Statistical return of the lunatic asylum in Assam - 1912-1932
Year: 1912
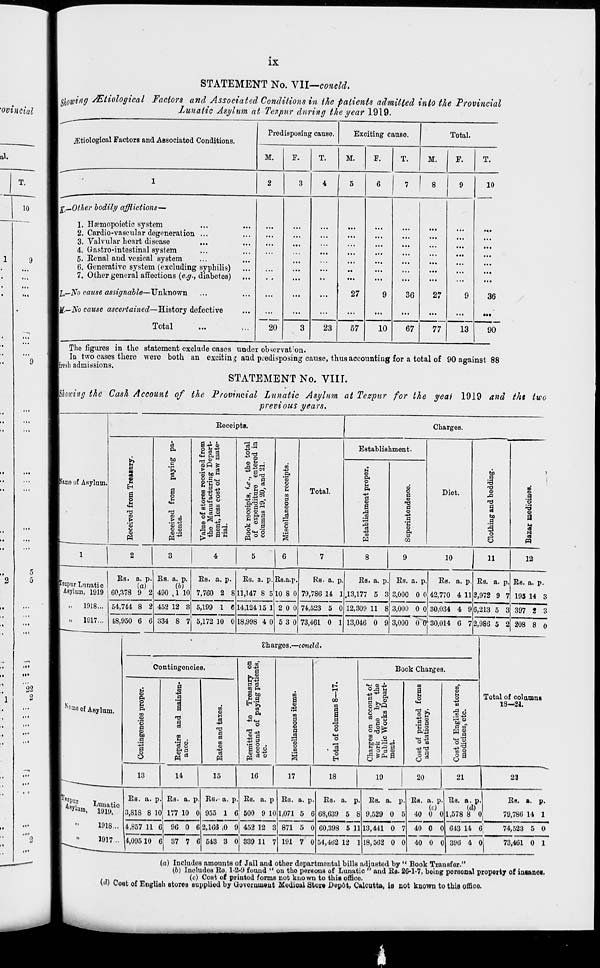
IX
STATEMENT No. VII—concld.
Showing /Etiological Factors and Associated Conditions in the patients admitted into the Provincial
Lunatic Asylum at Tezpur during the year 1919.
jEtiological Factors and Associated Conditions.
Predisposing cause.
Exciting cause.
Total.
M.
F.
T.
M.
F.
T.
M.
F.
T.
1
2
3
4
5
6
7
8 1 9
1
10
p—Other bodily afflictions—
1. Haemopoietic system
2. Cardio-vascular degeneration ...
3. Valvular heart disease
...
4. Gastro-intestinal system
5. Eenal and vesical system
6. Generative system (excluding syphilis)
7. Other general affections {e.g., diabetes)
I,—No cause assignable—Unknown
][.—No cause ascertained—History defective
Total
20
...
27
9
36
27
9
36
>••
3
23
57
10
67
77
13
90
The figures in the statement exclude cases under observat : on.
In two cases there Mere both an exciting and predisposing cause, thus accounting for a total of 90 against 88
Ifresb admissions.
STATEMENT No. VIII.
yfliowing the Cash Account of the Provincial Lunatic Asylum at Tezpur for the yeai 1919 and th% two
previous years.
Namo of Asylum.
Eeceipto.
Charges.
& m
«6
s
I
.5
o
u
©
03
3 43 ©
'rf «
ft
eived fro
g Depar
raw mat
the tot
entered
a 21.
m
43
ft
bo
c
&
£.5<*-<
•
d
<x>
g-Eo
*• <D *
B
o
a
o
u
CM
o •
> <n
a of stores
Manufacti
t, less cost
receipts, «
expenditur
mns 19, 20,
M
DO
3
o
0
a
d
r o
Total.
o £
H _ O .—1
^5
p
S
O 03
rS 3 03 C3
8«H o
M
W
Establishment.
o
ft
O
M
ft
43
d
a
.d
1 43
CO
s
©
a
o
b
a
ft
d
Diet.
bo
I
<D
a
d
bo
a
£
6
n
.9 o
a
<a
M
4
9
10
11
12
[Tozpur Lunati c
Asylum, 1919
.,
1918...
.. 1917...
Bs. a. p.
(a)
60,378 9 2
54,744 8 2
48,950 6 6
Es. a. p.
490 ,1 10
452 12 3
Bs. a. p.
7,760 2 8
Bs. a. p. Es.a.p.
11,147 8 510 8 0
5,199 1 6
334 8 7 5,172 10 0
14,124 15 1
18,998 4 0
2 0 0
5 3 0
Rs. a. p,
79,786 14 1
74,523 5 0
73,461 0 1
Es. a. P-
.13,177 5 3
12,309 11 8
13,046 0 9
Es. a. p.
3,000 0 0
3,001) 0 0
Es. a. p.
42,770 4 11
Eg. a. p.
2,972 9 7
30,034 4 9
3,000 0 0' 30,014 6 7
6,213 5 3
2,986 5 2
Bs. a. p.
195 14 3
397 2 3
208 8 o
s "ae of Asylum.
Charges.—concld.
Contingencies.
©
ft
ft
DO
.2.
c
S 3
bo
H
43
0
s
a
.9
n3
"c3 8
m
o
H
OS
43
C
cti
d to"
043
d
Bl CQ ft
S to
C d
&>'§
03
o*
43 CM
O
■P 4
3 9 u
g U43
I d ©
£
a
43
d o
s
i o
o
<n
I
00
m
o
43
o
H
Book Charges.
1W © 43
o
I*'
OQ
O P
n C °
9 o^
m
0
rf o a ©
g ^PH a
09
a
oj
©
B
0
M
O
Total of colamnB
CM
CO
18—21.
is &
.2 43
"S ©
r-» ©
•S 9
S? e
d to
ft'43
•y'3
O u
431^3
4^^
» ©
0 a
Q ra
0
13
14
15
16
17
18
19
20
21
23
'
Z BVU.
lunatic
1918...
1917...
Bs. a. p. Bs- a. p
3,818 8 10 177 10 0
4,857 11 6 90 0 6
4,09510 6 37 7 C
Es. a. p.
955 1 6
Es. a. p
500 9 10
2,166 ,0 9 452 12 3
543 3 0 339 11 7
Es.
1,071
a. p.
5 6
871 5 0
191 7 0
Bs. a. p
68,039 5 8
00,398 5 11
54,462 12 1
Es. a. p.
9,529 0 5
13,441 0 7
18,562 0 0
Es. a. p.
(0
40 0 0
40 0 0
Es. a. p.
(d)
1,578 8 0
Ea. a. p.
79,786 14 1
643 14 6
74,523 5 0
40 0 01 396 4 0
73,461 0 1
(a) Includos amounts of Jail and other departmental bills adjustod by " Book Transfer."
(6) Inoludos Bo. 1-2-9 found " on tho persons of Lunatic " and Ba. 26-1-7, being porsonal property of inianoi.
(c) Cost of printed forms not known to this office
(•') Cost of English stores supplied by Uovernmvnt Modioal Store Dep6t, Calcutta, is not known to this office.